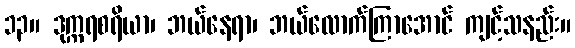
၁၃။ ဒုက္ကရစရိယာ၊ ဘယ်နေရာ၊ ဘယ်လောက်ကြာအောင် ကျင့်သနည်း။